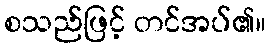
စသည်ဖြင့် တင်အပ်၏။